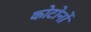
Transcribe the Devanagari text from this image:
कोटोनों